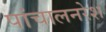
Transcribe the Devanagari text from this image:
पांचालनरेश